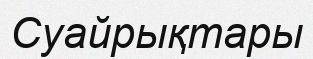
Суайрықтары